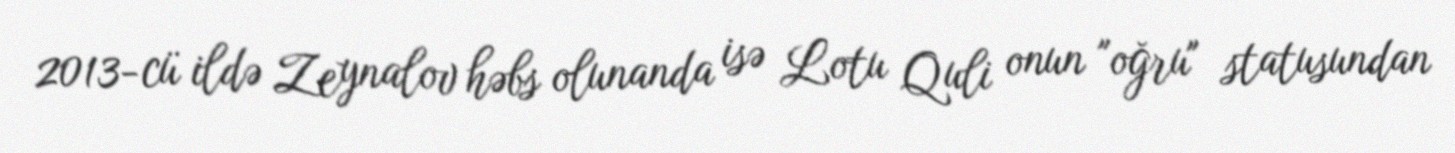
2013-cü ildə Zeynalov həbs olunanda isə Lotu Quli onun "oğru" statusundan